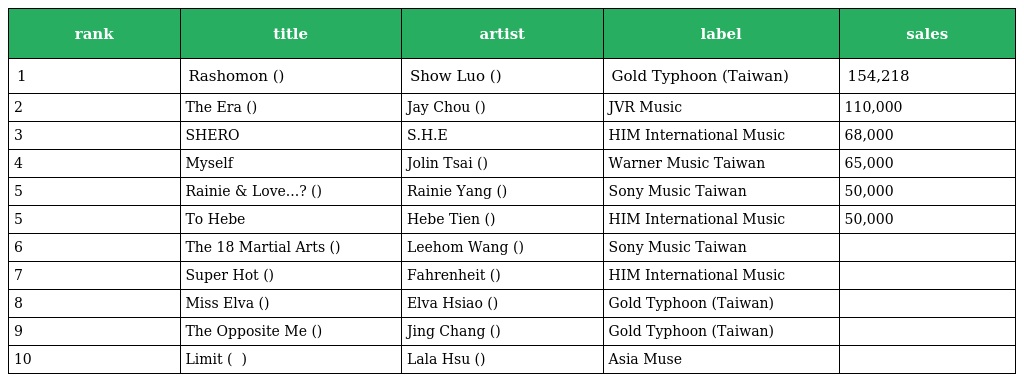
| rank | title | artist | label | sales |
 | --- | --- | --- | --- | --- |
 | 1 | Rashomon (羅生門) | Show Luo (羅志祥) | Gold Typhoon (Taiwan) | 154,218 |
 | 2 | The Era (跨時代) | Jay Chou (周杰倫) | JVR Music | 110,000 |
 | 3 | SHERO | S.H.E | HIM International Music | 68,000 |
 | 4 | Myself | Jolin Tsai (蔡依林) | Warner Music Taiwan | 65,000 |
 | 5 | Rainie & Love...? (雨愛) | Rainie Yang (楊丞琳) | Sony Music Taiwan | 50,000 |
 | 5 | To Hebe | Hebe Tien (田馥甄) | HIM International Music | 50,000 |
 | 6 | The 18 Martial Arts (十八般武藝) | Leehom Wang (王力宏) | Sony Music Taiwan |  |
 | 7 | Super Hot (太熱) | Fahrenheit (飛輪海) | HIM International Music |  |
 | 8 | Miss Elva (蕭灑小姐) | Elva Hsiao (蕭亞軒) | Gold Typhoon (Taiwan) |  |
 | 9 | The Opposite Me (相反的我) | Jing Chang (張芸京) | Gold Typhoon (Taiwan) |  |
 | 10 | Limit ( 極限 ) | Lala Hsu (徐佳瑩) | Asia Muse |  |